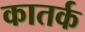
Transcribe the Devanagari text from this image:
कातर्क